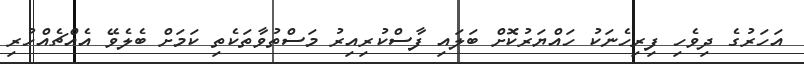
އަހަރުގެ ދިވެހި ފިރިހެނަކު ހައްޔަރުކޮށް ބަލައި ފާސްކުރިއިރު މަސްތުވާތަކެތި ކަމަށް ބެލެވޭ އެއްޗެއްހުރި